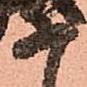
等